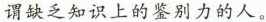
谓缺乏知识上的鉴别力的人。